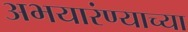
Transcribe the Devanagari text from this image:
अभयारंण्याच्या